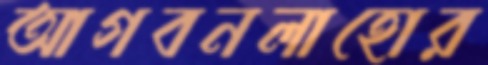
আগবনলাহোর